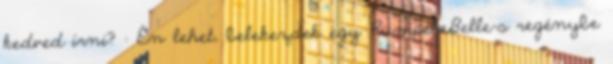
kedved írni? : Én lehet, belekezdek egy RumpelxBelle-s regénybe